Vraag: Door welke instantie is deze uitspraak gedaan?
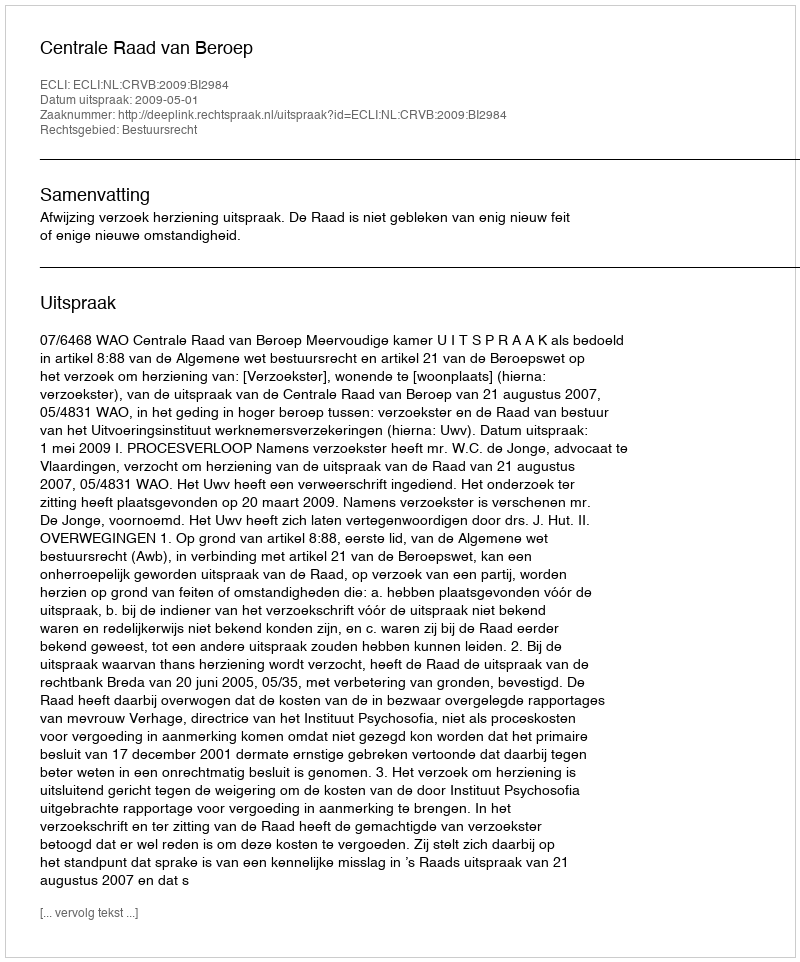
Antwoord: Centrale Raad van Beroep